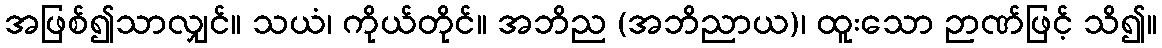
အဖြစ်၍သာလျှင်။ သယံ၊ ကိုယ်တိုင်။ အဘိည (အဘိညာယ)၊ ထူးသော ဉာဏ်ဖြင့် သိ၍။